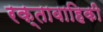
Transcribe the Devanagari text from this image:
रक्तावाहिकी